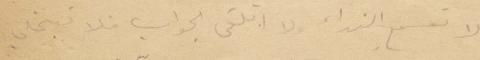
لا تسمع النداء ولا اتلقى الجواب فلا تبخلي